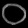
Digit: ၀